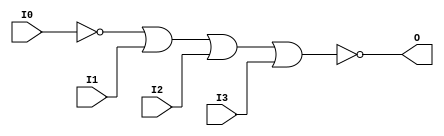
module NOR4B1 (O, I0, I1, I2, I3);

    output O;

    input  I0, I1, I2, I3;

    wire i0_inv;

    not N0 (i0_inv, I0);
    nor O1 (O, i0_inv, I1, I2, I3);


endmodule